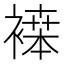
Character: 𬡪